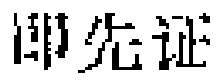
即先证